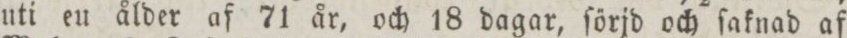
uti eu ålder af 71 år, och 18 dagar, ſörjd och ſaknad af